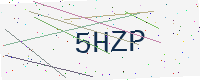
Text: 5HZP